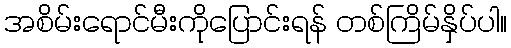
အစိမ်းရောင်မီးကိုပြောင်းရန် တစ်ကြိမ်နှိပ်ပါ။